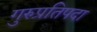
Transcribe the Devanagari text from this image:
गुरुप्रतिपदा